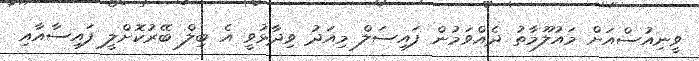
ވީނިއުސްއަށް މައުލޫމާތު ދެއްވަމުން ފައިސަލް މިއަދު ވިދާޅުވީ އެ ބިލް ބޭރުކޮށްލީ ފައިސާއާއި